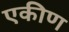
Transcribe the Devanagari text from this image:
एकीण